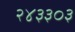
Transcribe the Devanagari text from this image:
२४३३०३